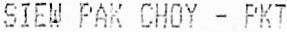
SIEW PAK CHOY - PKT